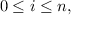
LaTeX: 0 \leq i \leq n ,